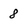
Character: 8